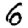
Digit: 6